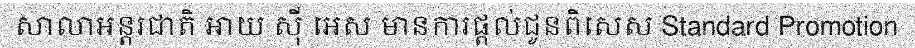
សាលាអន្តរជាតិ អាយ ស៊ី អេស មានការផ្តល់ជូនពិសេស Standard Promotion